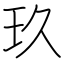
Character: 玖